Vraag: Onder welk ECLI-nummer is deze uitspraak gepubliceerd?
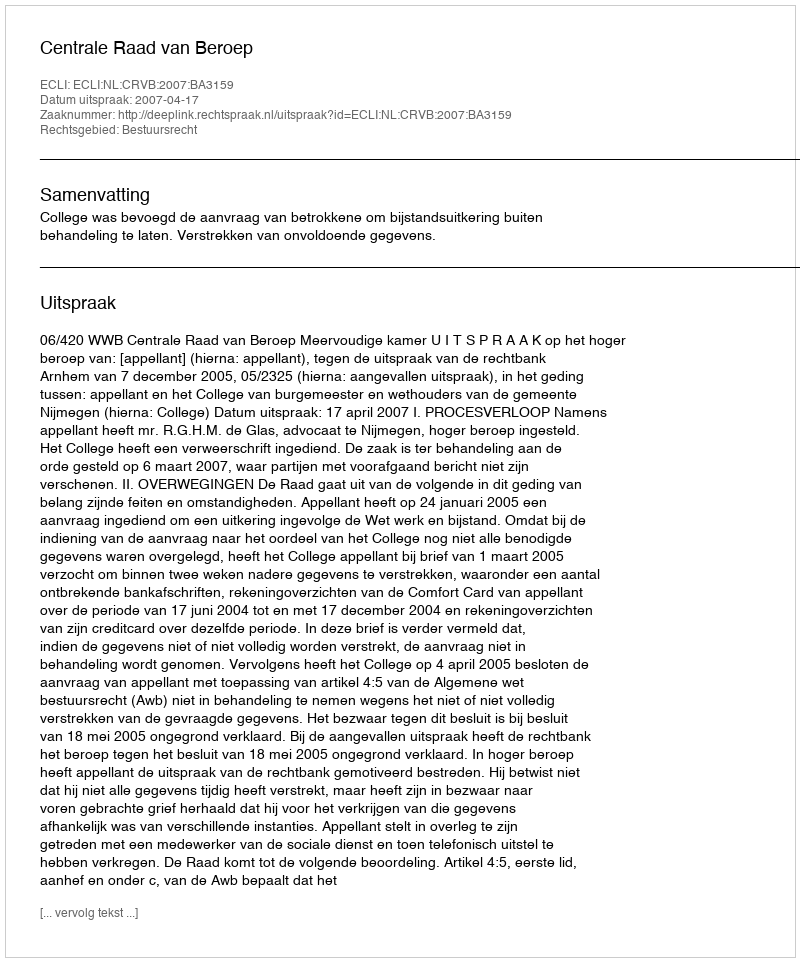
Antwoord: ECLI:NL:CRVB:2007:BA3159